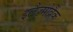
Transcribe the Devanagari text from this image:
इलैज़्मोब्रैंक